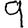
Digit: 9